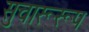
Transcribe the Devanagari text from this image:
सुचारूरूप